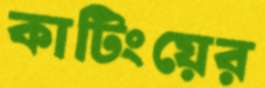
কাটিংয়ের